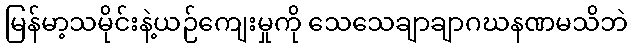
မြန်မာ့သမိုင်းနဲ့ယဉ်ကျေးမှုကို သေသေချာချာဂဃနဏမသိဘဲ